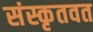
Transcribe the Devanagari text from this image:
संस्कृतवत